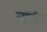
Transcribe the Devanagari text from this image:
त्‍यांतील